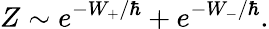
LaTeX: Z\sim e^{-W_{+}/\hbar}+e^{-W_{-}/\hbar}.